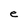
Character: e